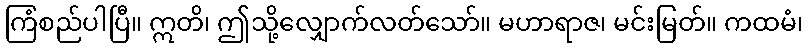
ကြံစည်ပါပြီ။ ဣတိ၊ ဤသို့လျှောက်လတ်သော်။ မဟာရာဇ၊ မင်းမြတ်။ ကထမံ၊